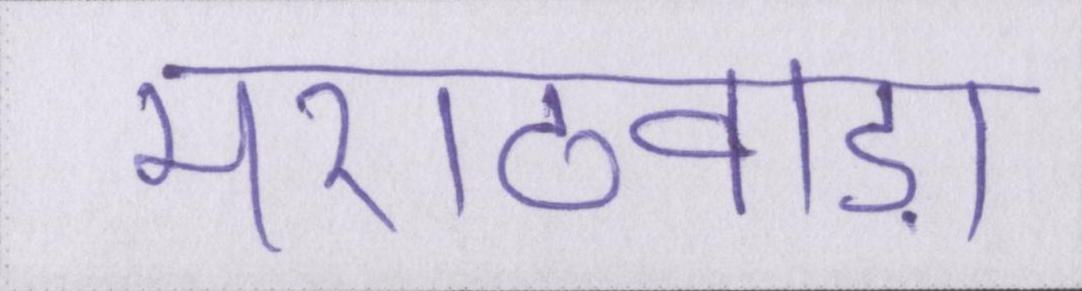
मराठवाड़ा